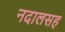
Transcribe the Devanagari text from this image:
नदालसह